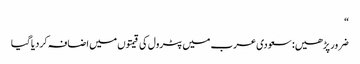
“
ضرور پڑھیں: سعودی عرب میں پٹرول کی قیمتوں میں اضافہ کردیاگیا